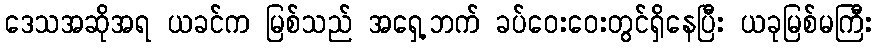
ဒေသအဆိုအရ ယခင်က မြစ်သည် အရှေ့ဘက် ခပ်ဝေးဝေးတွင်ရှိနေပြီး ယခုမြစ်မကြီး